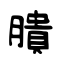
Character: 膭